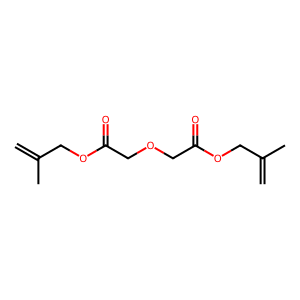
SMILES: C=C(C)COC(=O)COCC(=O)OCC(=C)C
Inhibits HIV replication: No